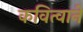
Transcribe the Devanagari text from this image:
कवित्वाने